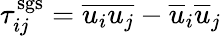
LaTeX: \tau_{ij}^{\mathrm{sgs}}=\overline{{u_{i}u_{j}}}-\overline{{u}}_{i}\overline{{u}}_{j}